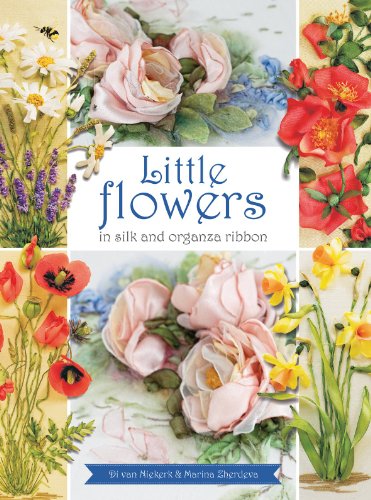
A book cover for Little Flowers in Silk and Organza Ribbon; Di Van Niekerk; Crafts, Hobbies & Home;